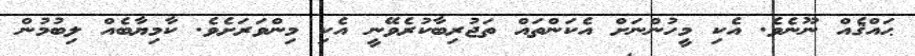
ޙައްޤެއް ނޫނެވެ. އެކި މީހުންނަށް އެކަންތައް ތަޖުރިބާކުރެވޭނީ އެކި މިންވަރަށެވެ. ކާމިޔާބެއް ލިބުމުން